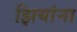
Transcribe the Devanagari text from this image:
झियांना